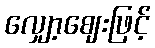
လျှော့ဈေးဖြင့်